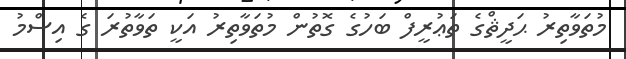
މުތަވާތިރު ޙަދީޘްގެ ތަޢުރީފް ބަހުގެ ގޮތުން މުތަވާތިރު އަކީ ތަވާތުރަ ގެ އިސްމު